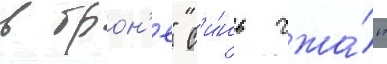
в брон'е" с'и́нь чжа́н